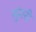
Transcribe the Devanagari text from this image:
सुंगरी